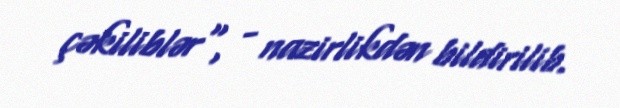
çəkiliblər", - nazirlikdən bildirilib.